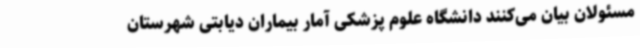
مسئولان بیان می‌کنند دانشگاه علوم پزشکی آمار بیماران دیابتی شهرستان